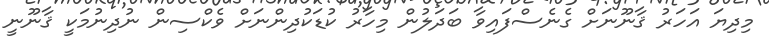
މިދިޔަ އަހަރު ޤާނޫނަށް ގެނެސްފައިވާ ބަދަލުން މިހާރު ކުޑަކުދިންނަށް ވެކްސިން ނުދިނުމަކީ ޤާނޫނީ